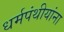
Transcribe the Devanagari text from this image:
धर्मपंथीयांना